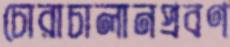
চোরাচালানপ্রবণ